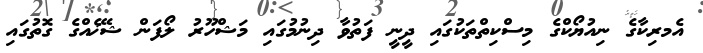
އެމރިކާގެ ނިއުޔޯކްގެ މިސްކިތްތަކުގައި ދީނީ ފަތުވާ ދިނުމުގައި މަޝްހޫރު ލޯފަން ޝޭޚެއްގެ ގޮތުގައި